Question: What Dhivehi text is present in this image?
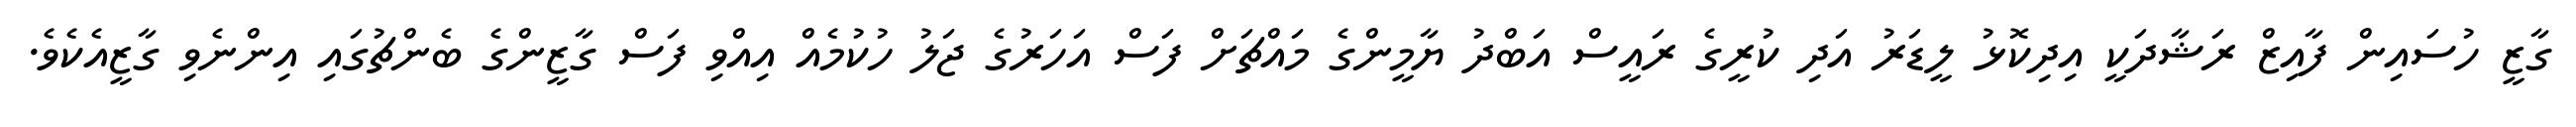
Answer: ގާޒީ ހުސައިން ފާއިޒް ރަޝާދަކީ އިދިކޮޅު ލީޑަރު އަދި ކުރީގެ ރައީސް އަބްދު ޔާމީންގެ މައްޗަށް ފަސް އަހަރުގެ ޖަލު ހުކުމެއް އިއްވި ފަސް ގާޒީންގެ ބެންޗުގައި އިންނެވި ގާޒީއެކެވެ.